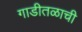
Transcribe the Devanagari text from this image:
गाडीतळाची